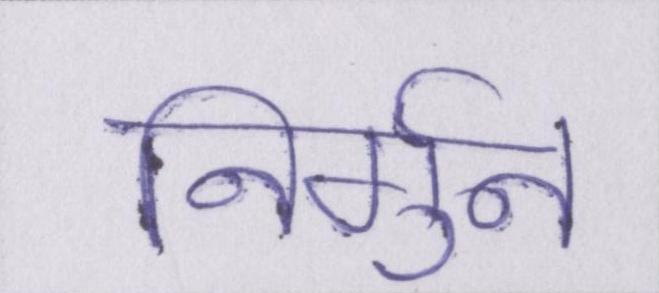
निर्गुन